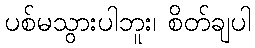
ပစ်မသွားပါဘူး၊ စိတ်ချပါ